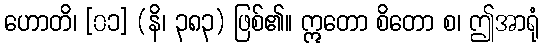
ဟောတိ၊ [၀၁] (နိ၊ ၃၈၃) ဖြစ်၏။ ဣတော စိတော စ၊ ဤအာရုံ